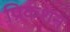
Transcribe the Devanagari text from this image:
प्रिकशन